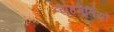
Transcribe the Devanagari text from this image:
व्यूहमूर्तियों